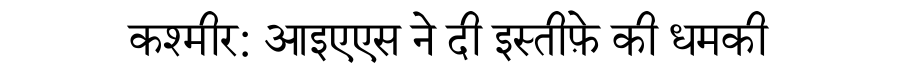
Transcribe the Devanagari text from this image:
कश्मीर: आइएएस ने दी इस्तीफ़े की धमकी